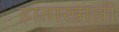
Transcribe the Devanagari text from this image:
हाताखालीं